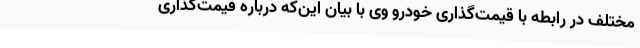
مختلف در رابطه با قیمت‌گذاری خودرو وی با بیان این‌که درباره قیمت‌گذاری